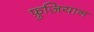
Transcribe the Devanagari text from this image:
फ़ुज़ियान